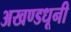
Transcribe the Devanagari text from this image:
अखण्डधूनी